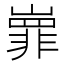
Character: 㠑